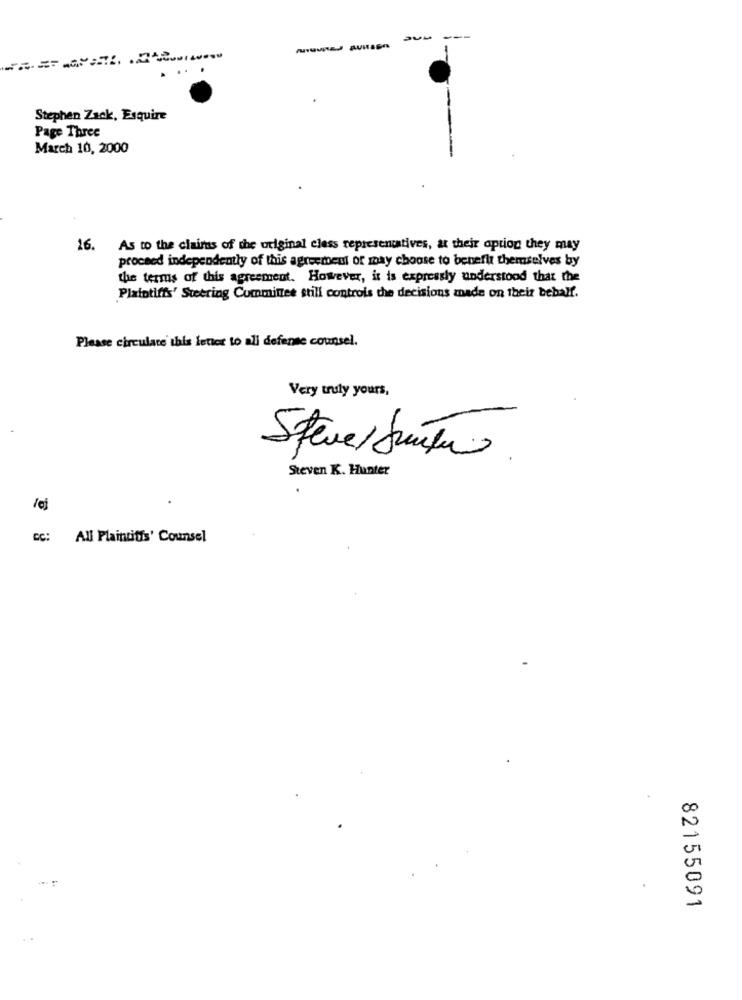
-- ----
Stephen Zack, Esquire
Page Three
March 10, 2000
16.
As to the clairns of the original eless representatives, at their option they may
proceed independently of this agreement of may choose to benefit themselves by
the terms of this agreement. However, it is expressly understood that the
Plaintiffs' Steering Committee still controls the decisions made on their behalf.
Please circulate this letter to ali defense counsel.
Very truly yours,
Steve/ Junta
Steven K. Hunter
/ej
CC:
All Plaintiffs' Counsel
00
0
82155091